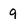
Character: 9